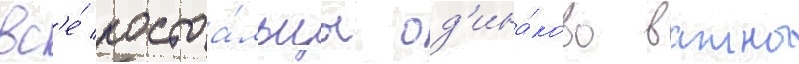
вс'е́ постоа́льцы од'ина́ково важны